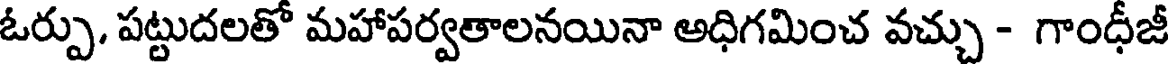
ఓర్పు. పట్టుదలతో మహాపర్వతాలనయినా అధిగమించ వచ్చు - గాంధీజీ